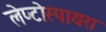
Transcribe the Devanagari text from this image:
लेप्टोस्पायरा